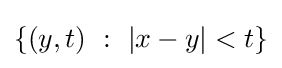
\{(y,t)\ :\ |x-y|<t\}